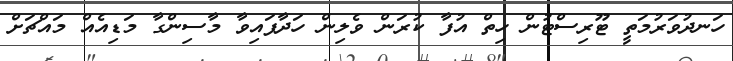
ހަނދުވަރުމަތީ ޓޫރިސްޓުން ހިތް އުފާ ކުރަން ވެލިން ހަދާފައިވާ މާސިންގާ މަޑިއެއް މައްޗަށް